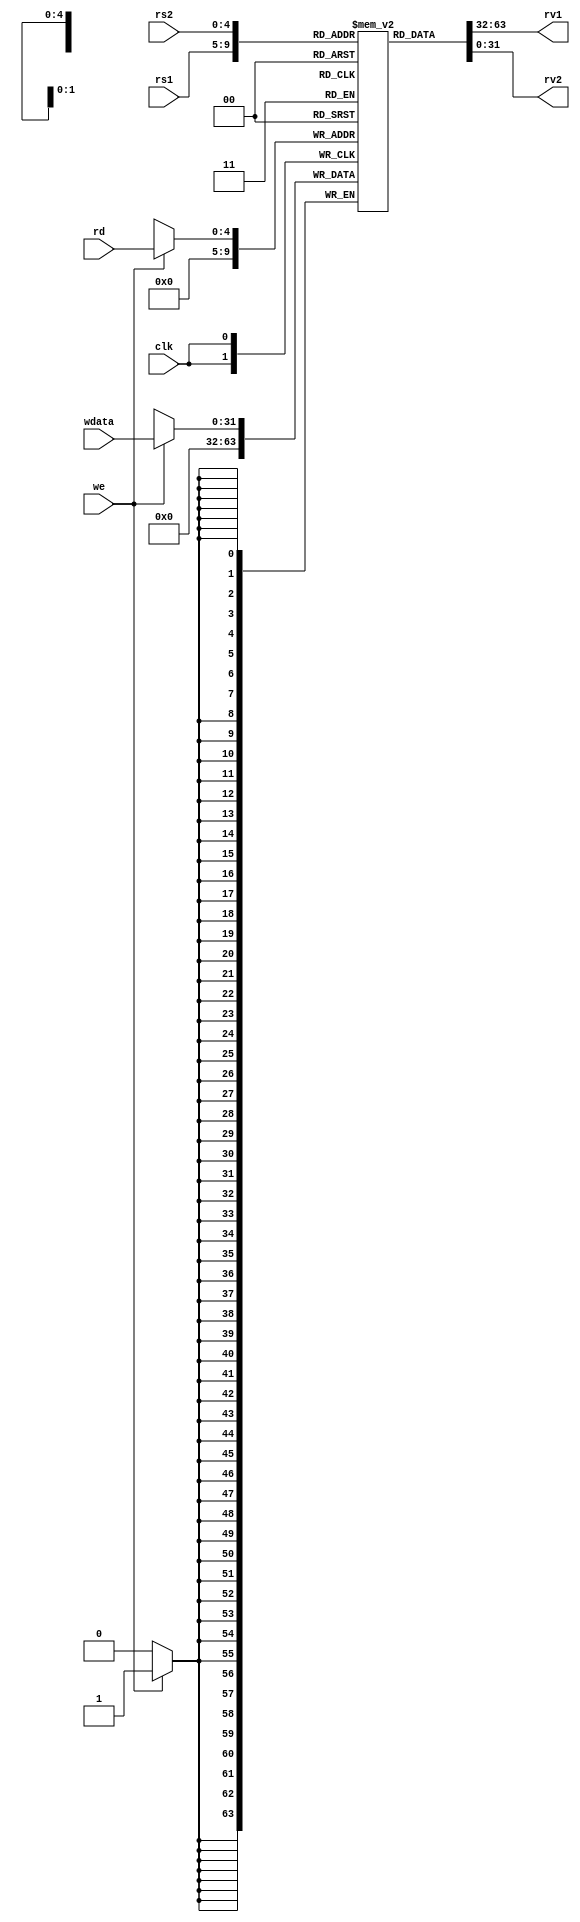
module regfile(
    input [4:0] rs1,     // address of first operand to read - 5 bits
    input [4:0] rs2,     // address of second operand
    input [4:0] rd,      // address of value to write
    input we,            // should write update occur
    input [31:0] wdata,  // value to be written
    output [31:0] rv1,   // First read value
    output [31:0] rv2,   // Second read value
    input clk            // Clock signal - all changes at clock posedge
);
    integer i;
    reg [31:0] register[31:0];
    // Desired function
    // rv1, rv2 are combinational outputs - they will update whenever rs1, rs2 change
    // on clock edge, if we=1, regfile entry for rd will be updated
    initial begin
      for  (i=0; i<32; i=i+1) begin
          register[i] = 0;
      end
    end

    assign rv1 = register[rs1];
    assign rv2 = register[rs2];

    always@(posedge clk)
      if(we)
        begin
          register[rd] <= wdata;
          register[0] <= 0;  // Always stays 0 :D 
        end

endmodule